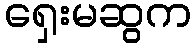
ရှေးမဆွက